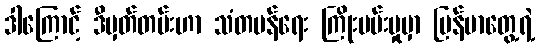
ဒါကြောင့် ဒီမှတ်တမ်းဟာ သံတမန်ရေး ကြိုးပမ်းမှုမှာ မြန်မာတွေ့ရဲ့